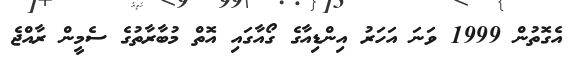
އެގޮތުން 1999 ވަނަ އަހަރު އިންޑިއާގެ ގޯއާގައި އޮތް މުބާރާތުގެ ސެމީން ރާއްޖެ